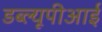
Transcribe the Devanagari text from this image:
डब्ल्यूपीआई